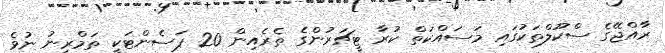
ރާއްޖޭގެ ސްކޫލްތަކުގައި މަސައްކަތް ކުރާ ޓީޗަރުންގެ ތެރެއިން 20 ޕަސެންޓަކީ ތަމްރީނު ނުވެ